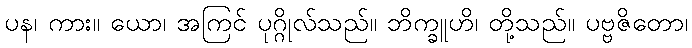
ပန၊ ကား။ ယော၊ အကြင် ပုဂ္ဂိုလ်သည်။ ဘိက္ခူဟိ၊ တို့သည်။ ပဗ္ဗဇိတော၊